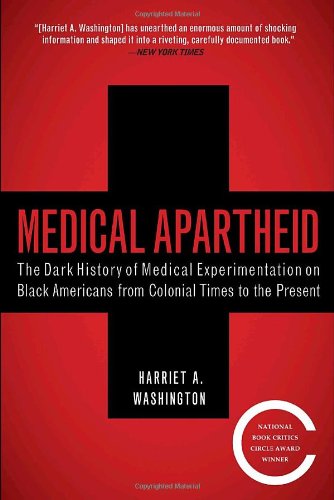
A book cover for Medical Apartheid: The Dark History of Medical Experimentation on Black Americans from Colonial Times to the Present; Harriet A. Washington; Medical Books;